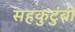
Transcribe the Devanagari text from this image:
सहकुटुंबी